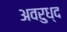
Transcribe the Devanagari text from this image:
अवरुध्द